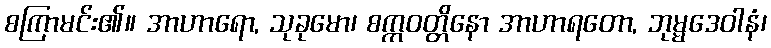
စကြာမင်း၏။ အာဟာရော, သုခုမော၊ စက္ကဝတ္တိနော အာဟာရတော, ဘုမ္မဒေဝါနံ၊